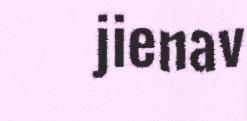
jienav